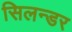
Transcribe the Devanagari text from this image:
सिलन्डर